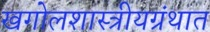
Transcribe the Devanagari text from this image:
खगोलशास्त्रीयग्रंथात